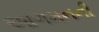
આગમનની